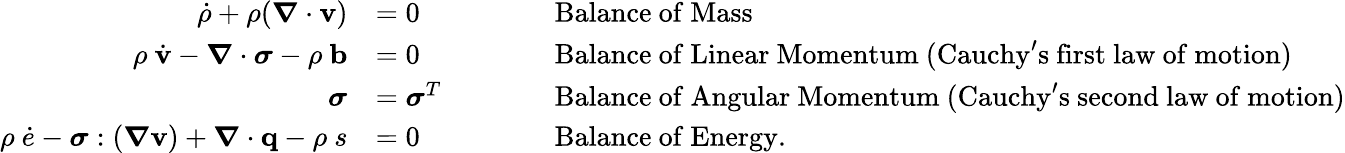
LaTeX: {\begin{array}{rlrl}{{\dot{\rho}}+\rho({\boldsymbol{\nabla}}\cdot\mathbf{v})}&{=0}&&{\qquad{\mathrm{Balance~of~Mass}}}\\ {\rho~{\dot{\mathbf{v}}}-{\boldsymbol{\nabla}}\cdot{\boldsymbol{\sigma}}-\rho~\mathbf{b}}&{=0}&&{\qquad{\mathrm{Balance~of~Linear~Momentum~(Cauchy's~first~law~of~motion)}}}\\ {{\boldsymbol{\sigma}}}&{={\boldsymbol{\sigma}}^{T}}&&{\qquad{\mathrm{Balance~of~Angular~Momentum~(Cauchy's~second~law~of~motion)}}}\\ {\rho~{\dot{e}}-{\boldsymbol{\sigma}}:({\boldsymbol{\nabla}}\mathbf{v})+{\boldsymbol{\nabla}}\cdot\mathbf{q}-\rho~s}&{=0}&&{\qquad{\mathrm{Balance~of~Energy.}}}\end{array}}